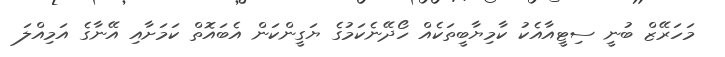
މަހަރޭޒް ބުނީ ސިޓީއާއެކު ކާމިޔާބީތަކެއް ހޯދޭނެކަމުގެ ޔަގީންކަން އެބައޮތް ކަމަށާއި އޭނާގެ އަމިއްލަ